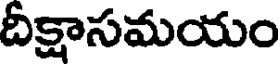
దీక్షాసమయం